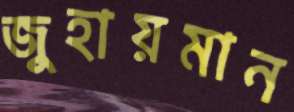
জুহায়মান